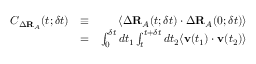
\begin{array} { r l r } { C _ { \Delta \mathbf { R } _ { A } } ( t ; \delta t ) } & { \equiv } & { \left\langle \Delta \mathbf { R } _ { A } ( t ; \delta t ) \cdot \Delta \mathbf { R } _ { A } ( 0 ; \delta t ) \right\rangle } \\ & { = } & { \int _ { 0 } ^ { \delta t } d t _ { 1 } \int _ { t } ^ { t + \delta t } d t _ { 2 } \langle \mathbf { v } ( t _ { 1 } ) \cdot \mathbf { v } ( t _ { 2 } ) \rangle } \end{array}